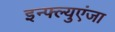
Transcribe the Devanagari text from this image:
इन्फ्ल्युएंजा